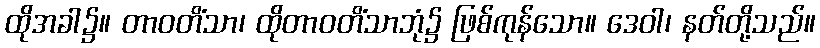
ထိုအခါ၌။ တာဝတိံသာ၊ ထိုတာဝတိံသာဘုံ၌ ဖြစ်ကုန်သော။ ဒေဝါ၊ နတ်တို့သည်။